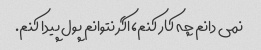
نمی دانم چه کار کنم، اگر نتوانم پول پیدا کنم.